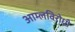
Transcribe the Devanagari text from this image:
आम्लविरोधी